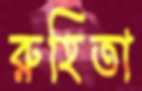
রুহিতা